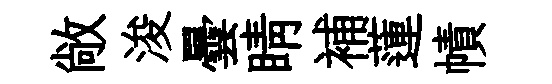
敞浚曇睛補蓮幘